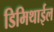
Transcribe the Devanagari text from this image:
डिमिथाईल